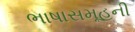
ભાષાસમૂહની